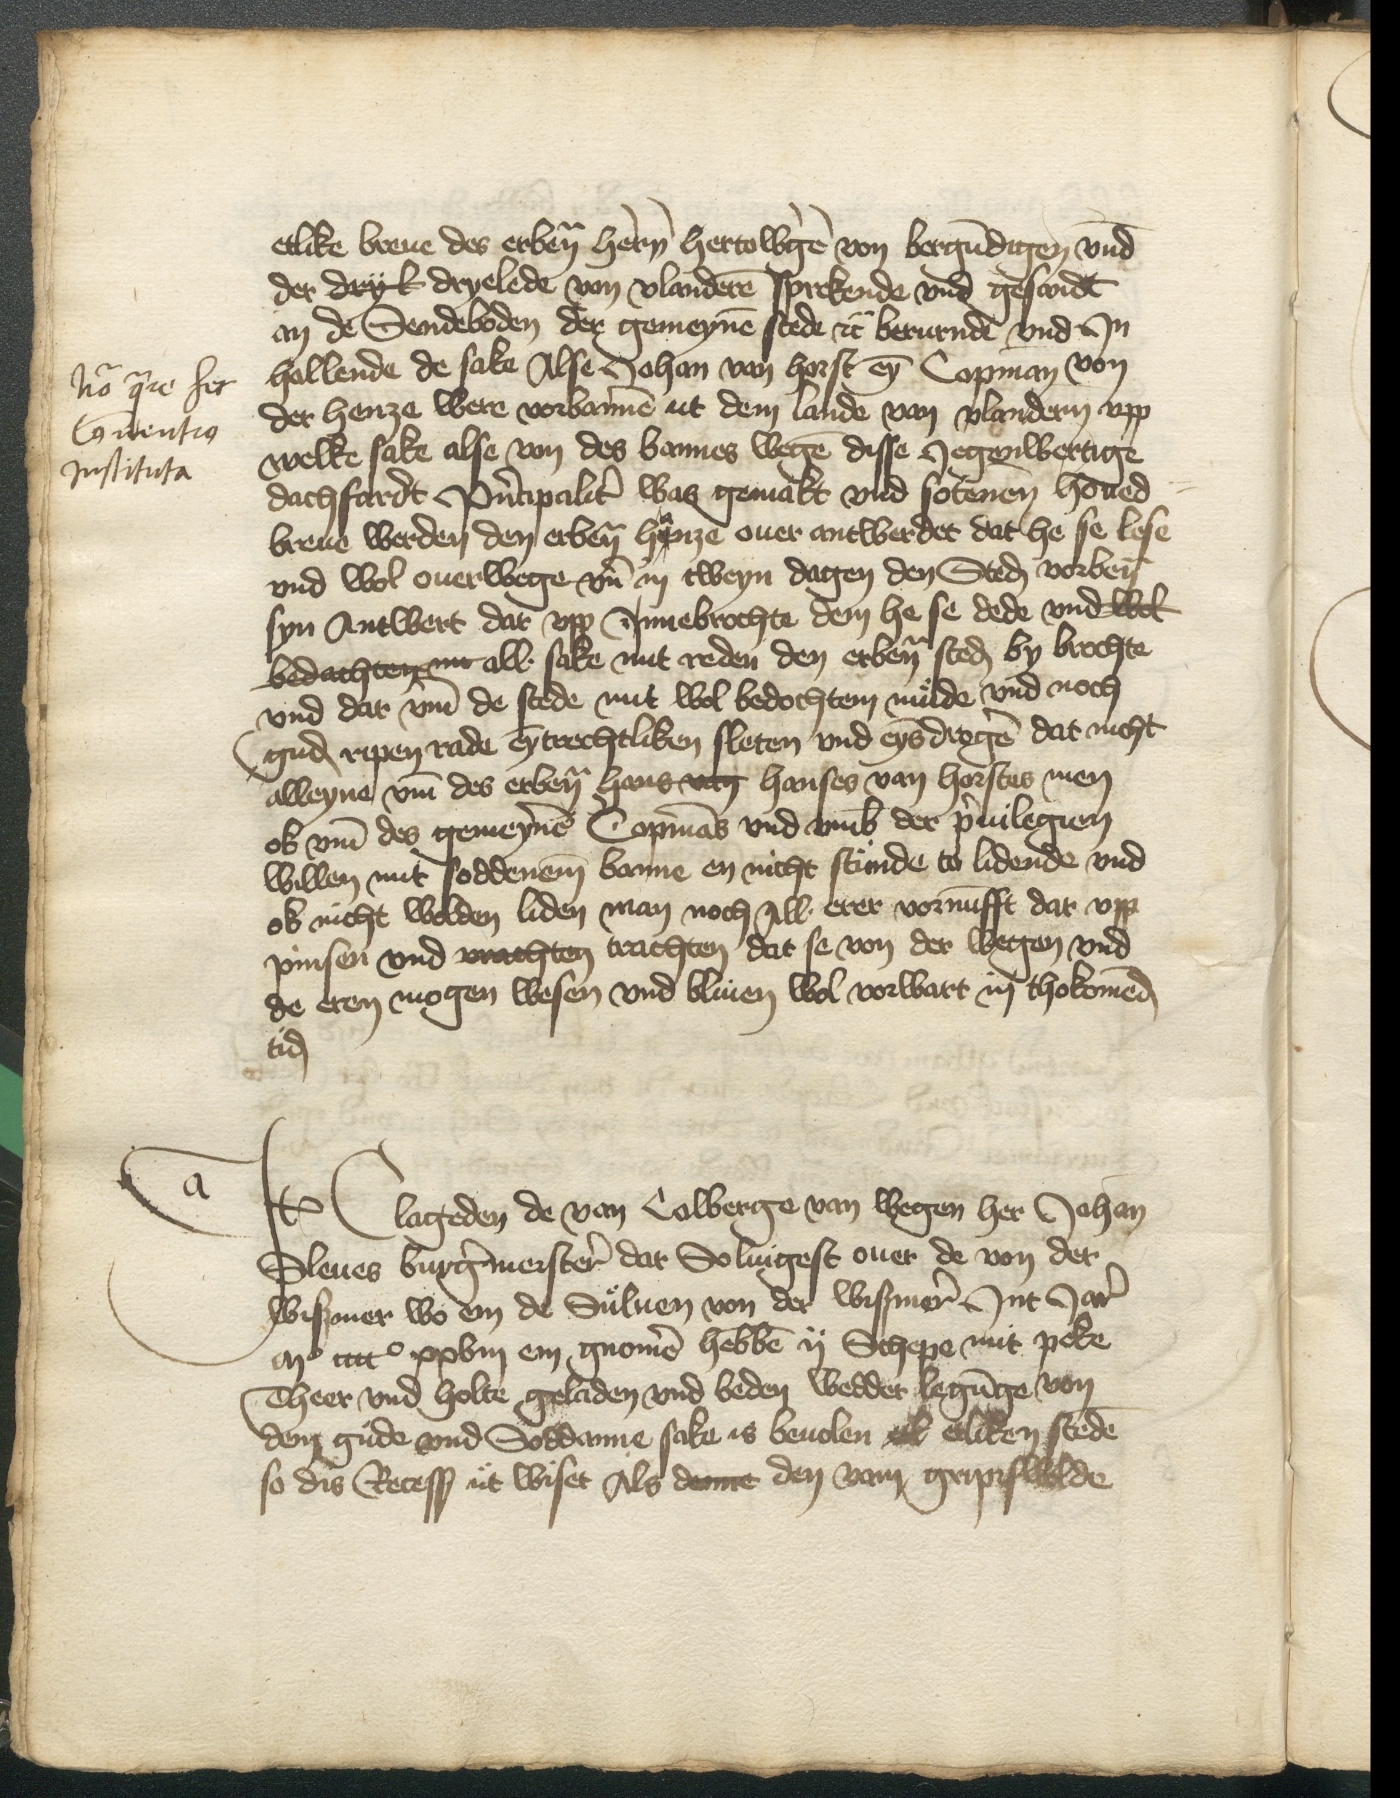
etlike breue des erbenomden hern Hertowge von Bergundigen vnd
der Dryl dryelede van Vlanderen sprekende vnd gesandt
an de Sendeboden der gemeynen stede etcetera berurnde vnd Jn
hallende de sake Alse Johan van Horst eyn Copman von
der henze were vorbannen ut dem lande van Vlandern vpp
welke sake alse von des bannes wegen disse Jegenwertige
dachfardt Principaliter was gemakt vnd sotenen houed¬
breue werden den erbenomden hanze ouer antwerdet dat he se lese
vnd wol ouerwege vnde in tweyn dagen den Steden vorbenomd
syn Antwert dar vpp Jnnebrochte dem he se dede vnd wol
bedachten nu alle sake mit reden den erbenomeden steden by brochte
vnd dar vmme de stede mit wol bedochtem milde vnd noch
guden repen rade eyntrechtliken sleten vnd eyns drogen dat nicht
alleyne vmme des erbenomden Hans van Hanses van Horstes men
ok vmme des gemeynen Copmans vnd vmb der priuilegien
willen mit foddenem banne en nicht stunde to lidende vnd
ok nicht wolden liden man noch All erer vornunfft dat vpp
pinsen vnd vrachten trachten dat se von der wegen vnd
de eren mogen wesen vnd bliuen wol vorwart in thokomenden
tiden

Jtem Clageden de van Colberge van wegen her Johan
Sleues burgermeister dar Soluigest ouer de von der
Wißmer wo em de Suluen von der Wißmer Jnt Jar
mo cccco xxviij ein gnomen hebben ij Schepe mit Peke
Theer vnd holte geladen vnd beden wedder legunge von
dem gude vnd Soddanne sake is beuolen ok etliken stede
so dis Recess ut wiset Als denne den vam Grypiswolde

nota quare hec
Conuentia
Jnstituta

a